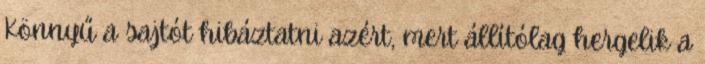
Könnyű a sajtót hibáztatni azért, mert állítólag hergelik a